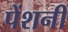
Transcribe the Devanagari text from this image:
पेंशनी